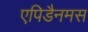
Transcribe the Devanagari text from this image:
एपिडैनमस